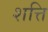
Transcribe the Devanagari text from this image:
शत्ति